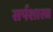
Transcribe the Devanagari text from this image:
सर्पशास्त्र